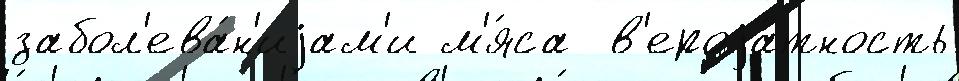
забол'ева́н'иjам'и м'я́са  в'ероjа́тность